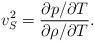
LaTeX: \begin{align*}v^2_S=\frac{\partial p/ \partial T}{\partial \rho/ \partial T}.\end{align*}